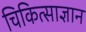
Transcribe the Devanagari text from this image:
चिकित्साज्ञान